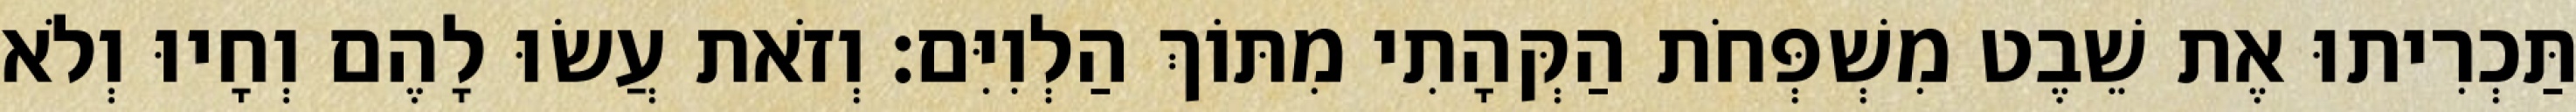
תַּכְרִיתוּ אֶת שֵׁבֶט מִשְׁפְּחֹת הַקְּהָתִי מִתּוֹךְ הַלְוִיִּם׃ וְזֹאת עֲשׂוּ לָהֶם וְחָיוּ וְלֹא